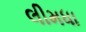
લીમધા